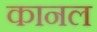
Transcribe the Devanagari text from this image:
कानल